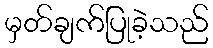
မှတ်ချက်ပြုခဲ့သည်